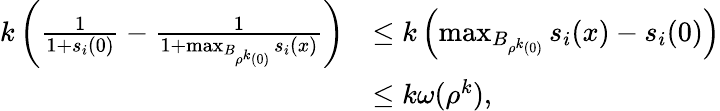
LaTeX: \begin{array}{rl}{k\left(\frac{1}{1+s_{i}(0)}-\frac{1}{1+\operatorname*{max}_{B_{\rho^{k}(0)}}s_{i}(x)}\right)}&{\leq k\left(\operatorname*{max}_{B_{\rho^{k}(0)}}s_{i}(x)-s_{i}(0)\right)}\\ &{\leq k\omega(\rho^{k}),}\end{array}